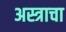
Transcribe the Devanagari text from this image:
अस्त्राचा